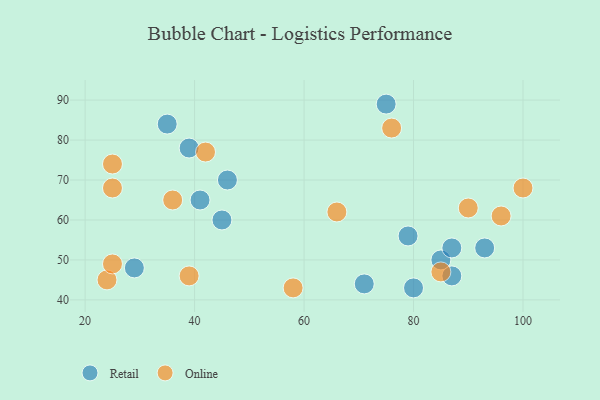
{"axis": {"x": "GDP", "y": "Life Expectancy"}, "legend": ["Online", "Retail"], "data": [{"x": "71", "y": 44, "type": "Retail"}, {"x": "93", "y": 53, "type": "Retail"}, {"x": "29", "y": 48, "type": "Retail"}, {"x": "87", "y": 46, "type": "Retail"}, {"x": "35", "y": 84, "type": "Retail"}, {"x": "85", "y": 50, "type": "Retail"}, {"x": "39", "y": 78, "type": "Retail"}, {"x": "87", "y": 53, "type": "Retail"}, {"x": "41", "y": 65, "type": "Retail"}, {"x": "79", "y": 56, "type": "Retail"}, {"x": "80", "y": 43, "type": "Retail"}, {"x": "75", "y": 89, "type": "Retail"}, {"x": "46", "y": 70, "type": "Retail"}, {"x": "45", "y": 60, "type": "Retail"}, {"x": "100", "y": 68, "type": "Online"}, {"x": "42", "y": 77, "type": "Online"}, {"x": "85", "y": 47, "type": "Online"}, {"x": "39", "y": 46, "type": "Online"}, {"x": "24", "y": 45, "type": "Online"}, {"x": "58", "y": 43, "type": "Online"}, {"x": "25", "y": 74, "type": "Online"}, {"x": "25", "y": 49, "type": "Online"}, {"x": "36", "y": 65, "type": "Online"}, {"x": "76", "y": 83, "type": "Online"}, {"x": "66", "y": 62, "type": "Online"}, {"x": "90", "y": 63, "type": "Online"}, {"x": "96", "y": 61, "type": "Online"}, {"x": "25", "y": 68, "type": "Online"}]}